Papers set at the Examination for Leaving Certificates, 1895
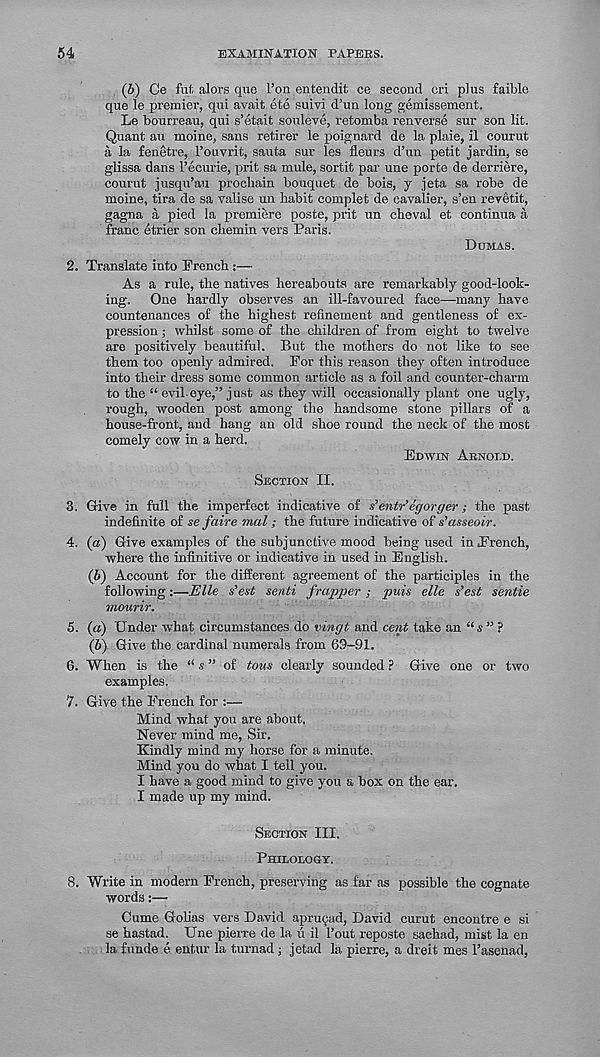
54
EXAMINATION PAPERS.
(5) Ce flit alors que Ton entendit ce second cri plus faible
que le premier, qui avait ete suivi d’un long gemissement.
Le bourreau, qui s’etait souleve, retomba renverse sur son lit.
Quant an moine, sans retirer le poignard de la plaie, il courut
a la fenetre, I’ouvrit, sauta sur les fleurs d’un petit jardin, se
glissa dans I’ecurie, prit sa mule, sortit par une porte de derriere,
courut jusqu’au prochain bouquet de bois, j jeta sa robe de
moine, tira de sa valise un habit complet de cavalier, s’en revetit,
gagna a pied la premiere poste, prit un cheval et continua a
franc etrier son cliemin vers Paris.
Dumas.
2. Translate into French :—
As a rule, the natives hereabouts are remarkably good-look-
ing. One hardly observes an ill-favoured face—many have
countenances of the highest refinement and gentleness of ex-
pression ; whilst some of the children of from eight to twelve
are positively beautiful. But the mothers do not like to see
them too openly admired. For this reason they often introduce
into their dress some common article as a foil and counter-charm
to the “ evil-eye,” just as they will occasionally plant one ugly,
rough, wooden post among the handsome stone pillars of a
house-front, and hang an old shoe round the neck of the most
comely cow in a herd.
Edwin Arnold.
Section II.
3. Give in full the imperfect indicative of s’entr’egorger; the past
indefinite of se faire mol; the future indicative of s’asseoir.
4. (a) Give examples of the subjunctive mood being used in French,
where the infinitive or indicative in used in English.
(6) Account for the different agreement of the participles in the
following:—Elle s’est senti frapper ; puis elle s’est sentie
inourir.
5. (a) Under what circumstances do vingt and cent take an “ s ” ?
(b) Give the cardinal numerals from 69-91.
6. When is the “ s ” of tous clearly sounded ? Give one or two
examples.
7. Give the French for :—
Mind what you are about.
Never mind me, Sir.
Kindly mind my horse for a minute.
Mind you do what I tell you.
I have a good mind to give you a box on the ear.
I made up my mind.
Section III.
Philology.
8. Write in modern French, preserving as far as possible the cognate
words:—
Cume Golias vers David apru9ad, David curut encontre e si
se hastad. Une pierre de la u il Tout reposte sachad, mist la en
la funde e entur la turnad; jetad la pierre, a dreit mes 1’asenad,